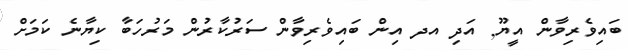
ބައިވެރިވާން އީޔޫ